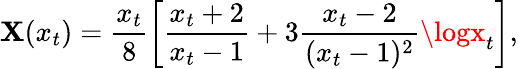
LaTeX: \mathbf{X}(x_{t})={\frac{{x_{t}}}{{8}}}\biggl[{\frac{{x_{t}+2}}{{x_{t}-1}}}+3{\frac{{x_{t}-2}}{{(x_{t}-1)^{2}}}}\logx_{t}\biggr],